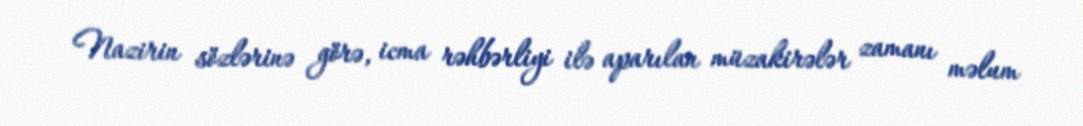
Nazirin sözlərinə görə, icma rəhbərliyi ilə aparılan müzakirələr zamanı məlum